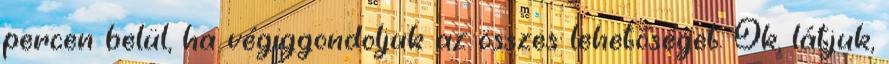
percen belül, ha végiggondoljuk az összes lehetőséget. Ok, látjuk,